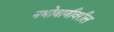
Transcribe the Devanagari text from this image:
नभोवाणीवरील